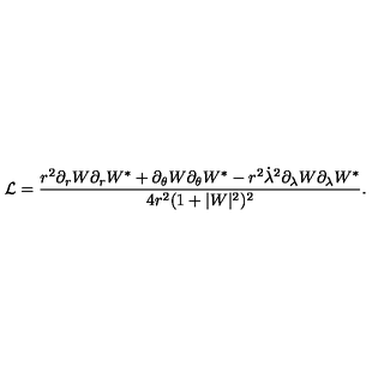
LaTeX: \mathcal { L } = \frac { r ^ { 2 } \partial _ { r } W \partial _ { r } W ^ { * } + \partial _ { \theta } W \partial _ { \theta } W ^ { * } - r ^ { 2 } \dot { \lambda } ^ { 2 } \partial _ { \lambda } W \partial _ { \lambda } W ^ { * } } { 4 r ^ { 2 } ( 1 + | W | ^ { 2 } ) ^ { 2 } } .